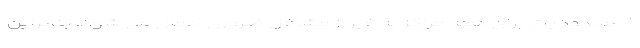
۱۸ محدودیت برای همه مراکز به غیر از مشاغل ضروری اعمال می شود. بنابراین